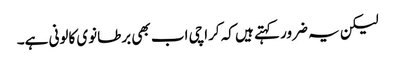
لیکن یہ ضرور کہتے ہیں کہ کراچی اب بھی برطانوی کالونی ہے۔